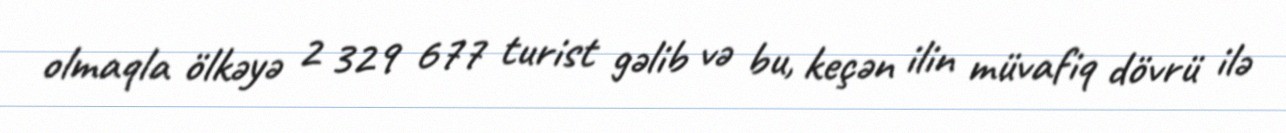
olmaqla ölkəyə 2 329 677 turist gəlib və bu, keçən ilin müvafiq dövrü ilə